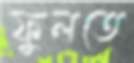
ফুলতে